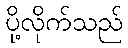
ပို့လိုက်သည်